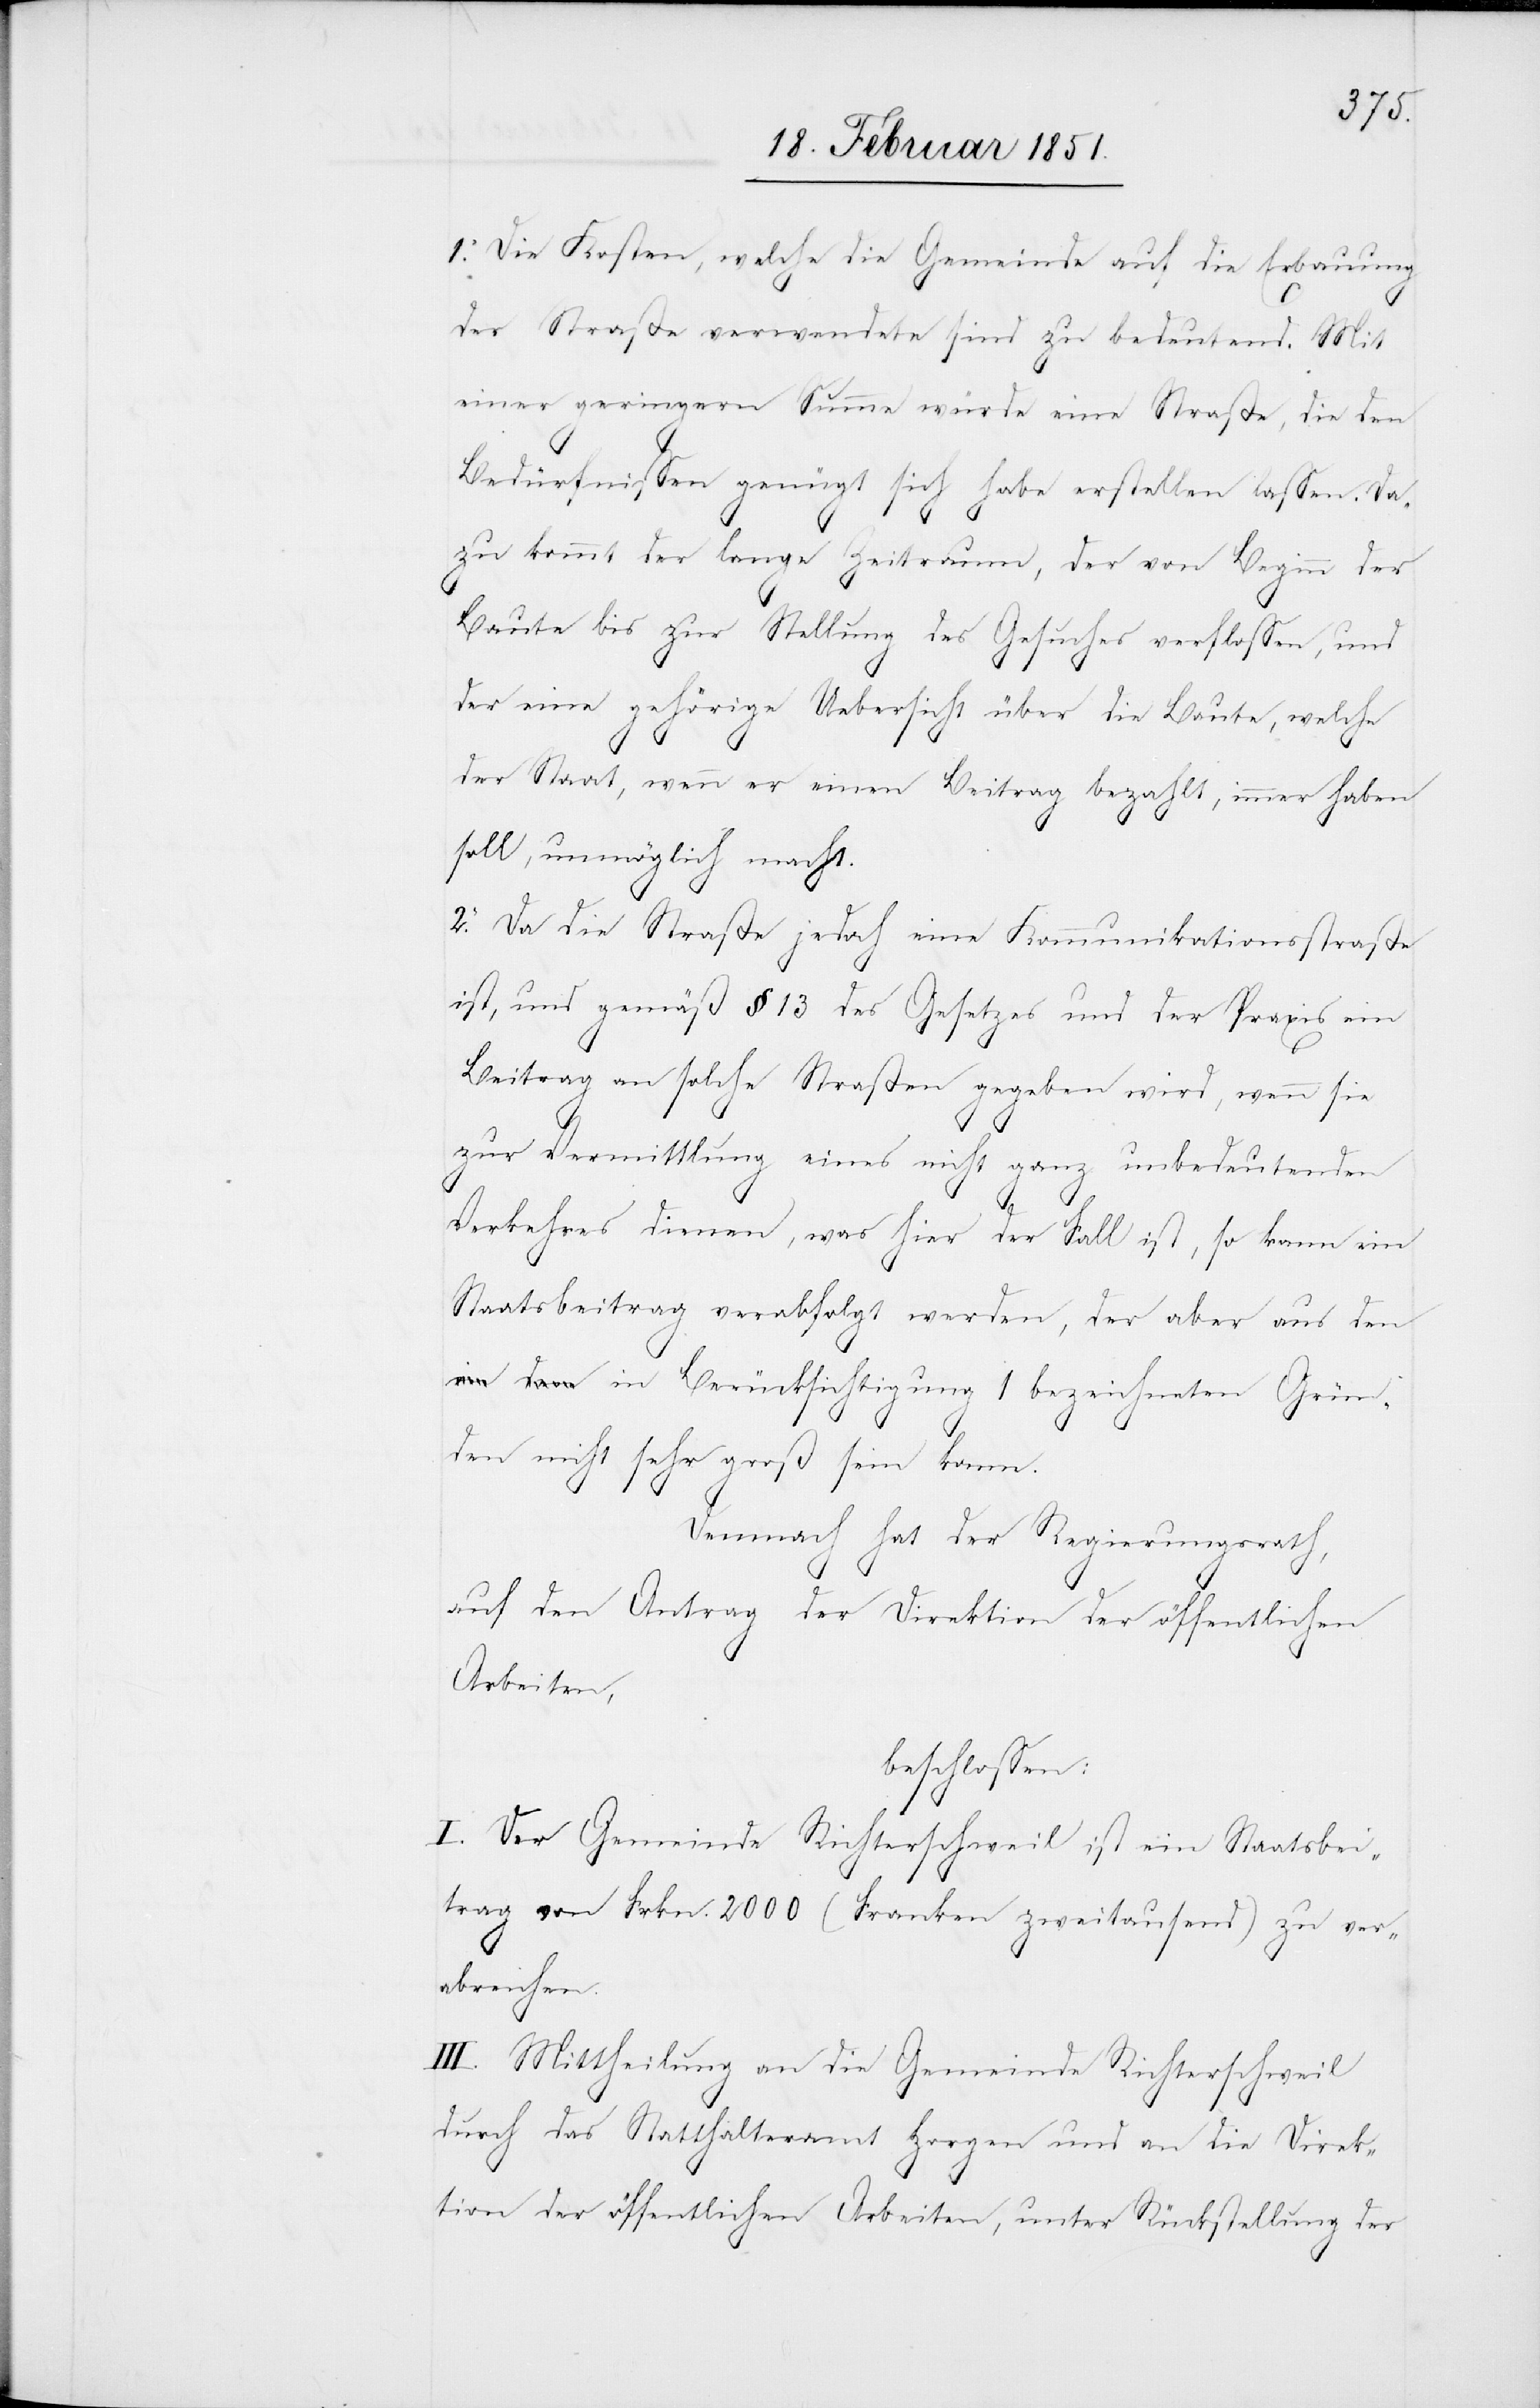
1. Die Kosten, welche die Gemeinde auf die Erbauung
der Straße verwendete sind zu bedeutend. Mit
einer geringern Summe würde eine Straße, die den
Bedürfnissen genügt sich habe erstellen lassen. Da¬
zu kommt der lange Zeitraum, der von Beginn der
Baute bis zur Stellung des Gesuches verflossen, und
der eine gehörige Uebersicht über die Baute, welche
der Staat, wenn er einen Beitrag bezahlt, immer haben
soll, unmöglich macht.
2. Da die Straße jedoch eine Kommunikationsstraße
ist, und gemäß § 13 des Gesetzes und der Praxis ein
Beitrag an solche Straßen gegeben wird, wenn sie
zur Vermittlung eines nicht ganz unbedeutenden
Verkehres dienen, was hier der Fall ist, so kann ein
Staatsbeitrag verabfolgt werden, der aber aus den
in Berücksichtigung 1 bezeichneten Grün¬
den nicht sehr groß sein kann.
Demnach hat der Regierungsrath,
auf den Antrag der Direktion der öffentlichen
Arbeiten,
beschlossen:
I. Der Gemeinde Richterschweil ist ein Staatsbei¬
trag von Frkn. 2000 (Franken zweitausend) zu ver¬
abreichen.
II.] Mittheilung an die Gemeinde Richterschweil
durch das Statthalteramt Horgen und an die Direk¬
tion der öffentlichen Arbeiten, unter Rückstellung der